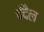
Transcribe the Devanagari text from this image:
चंदैल